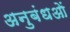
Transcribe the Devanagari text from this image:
अनुबंधओं